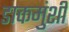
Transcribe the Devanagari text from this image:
डाकमुंशी